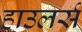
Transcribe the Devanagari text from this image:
हाउलर्स